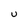
Character: U